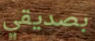
بصديقي